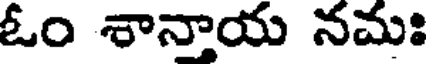
ఓం శానాయ నమః